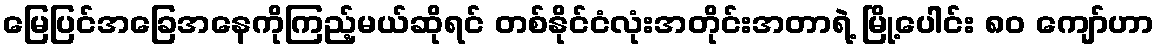
မြေပြင်အခြေအနေကိုကြည့်မယ်ဆိုရင် တစ်နိုင်ငံလုံးအတိုင်းအတာရဲ့ မြို့ပေါင်း ၈၀ ကျော်ဟာ